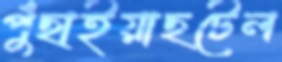
পুঁছাইয়াছটেল